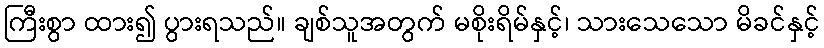
ကြီးစွာ ထား၍ ပွားရသည်။ ချစ်သူအတွက် မစိုးရိမ်နှင့်၊ သားသေသော မိခင်နှင့်